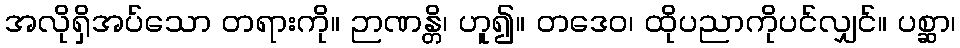
အလိုရှိအပ်သော တရားကို။ ဉာဏန္တိ၊ ဟူ၍။ တဒေဝ၊ ထိုပညာကိုပင်လျှင်။ ပစ္ဆာ၊